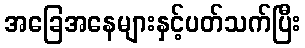
အခြေအနေများနှင့်ပတ်သက်ပြီး